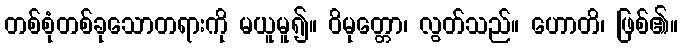
တစ်စုံတစ်ခုသောတရားကို မယူမူ၍။ ဝိမုတ္တော၊ လွတ်သည်။ ဟောတိ၊ ဖြစ်၏။